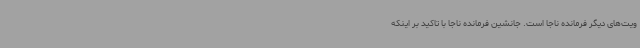
ویت‌های دیگر فرمانده ناجا است. جانشین فرمانده ناجا با تاکید بر اینکه